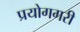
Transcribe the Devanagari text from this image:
प्रयोगगरी